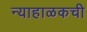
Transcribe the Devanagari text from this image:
न्याहाळकची